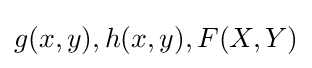
g(x,y),h(x,y),F(X,Y)